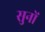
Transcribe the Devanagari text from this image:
सुनों